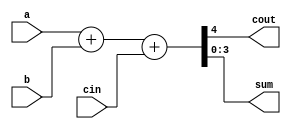
// General Adder with carry bit
`timescale 1ns/1ps
module adderN #(parameter N=4) (
	input [N-1:0] a,
	input [N-1:0] b,
	input         cin,
	output        cout,
	output[N-1:0] sum
);
	assign {cout,sum} = a +b + cin;

endmodule

////assign {cout,sum[N-1:0]}={a[N-1],a[N-1:0]}+{b[N-1],b[N-1:0]} + cin;
//wire [N:0] adder_temp;
////assign {cout,sum}=adder_temp[N:0];
//assign cout=adder_temp[N];
//assign sum[N-1:0]=adder_temp[N-1:0];